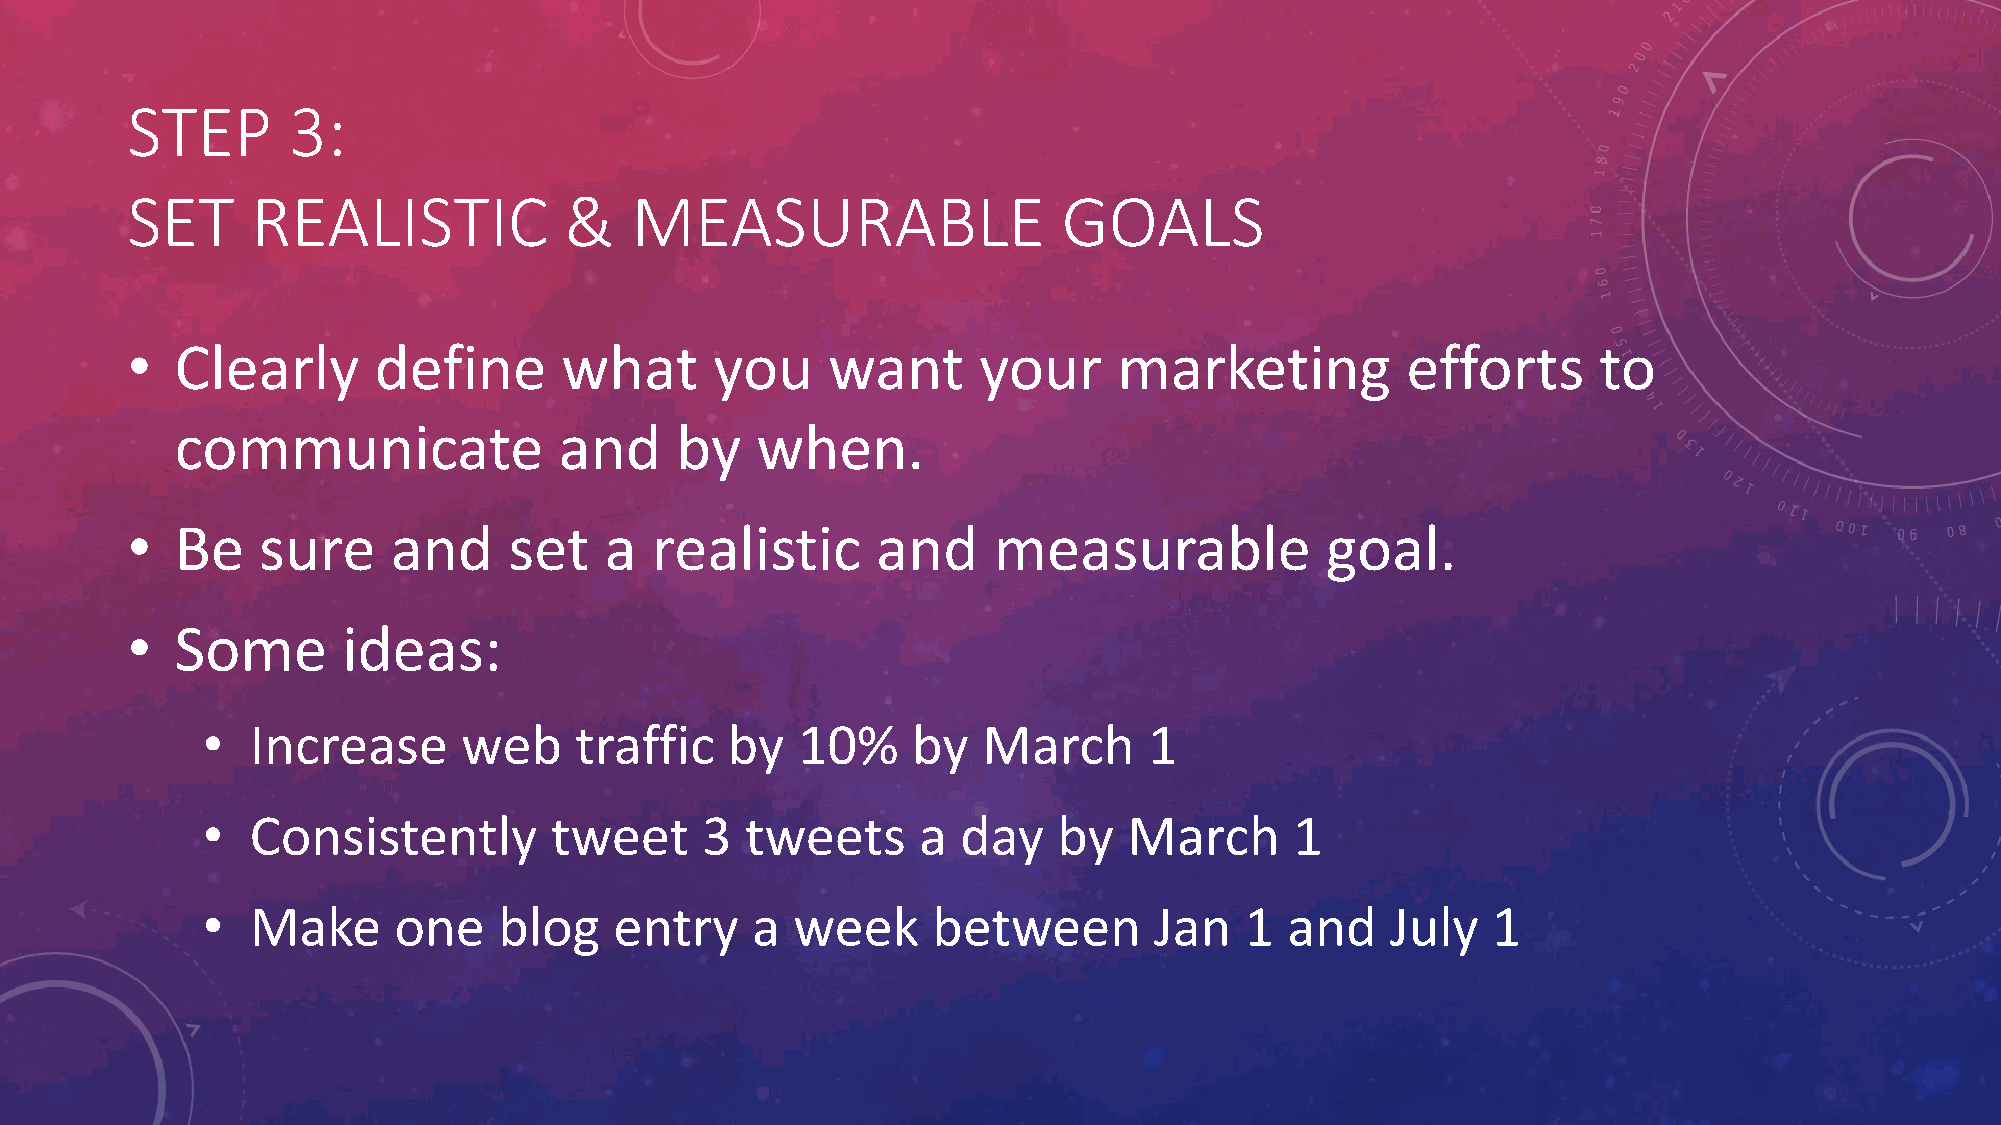
STEP       3:
 SET      REALISTIC           &    MEASURABLE                  GOALS
 •   Clearly      define      what      you     want      your     marketing          efforts      to
 communicate              and     by   when.
 •   Be   sure     and     set   a  realistic      and     measurable            goal.
 •   Some       ideas:
 •   Increase      web    traffic   by   10%    by   March      1
 •   Consistently       tweet     3  tweets      a  day   by   March      1
 •   Make     one    blog    entry    a  week     between       Jan   1  and    July   1